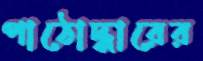
পাঠোদ্ধারের